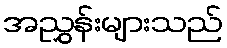
အညွှန်းများသည်